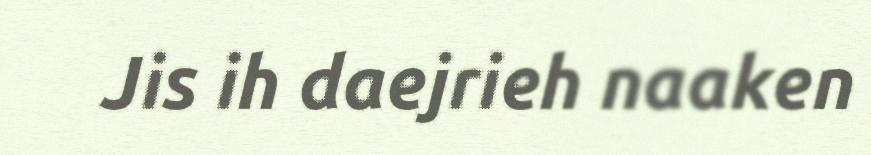
Jis ih daejrieh naaken